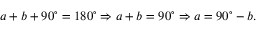
a + b + 9 0 ^ { \circ } = 1 8 0 ^ { \circ } \Rightarrow a + b = 9 0 ^ { \circ } \Rightarrow a = 9 0 ^ { \circ } - b .